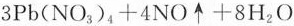
3 P b ( N O _ { 3 } ) ^ { 4 } + 4 N O